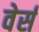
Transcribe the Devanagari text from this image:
वेर्स